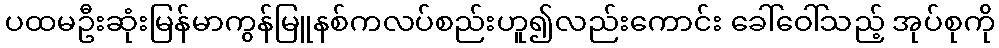
ပထမဦးဆုံးမြန်မာကွန်မြူနစ်ကလပ်စည်းဟူ၍လည်းကောင်း ခေါ်ဝေါ်သည့် အုပ်စုကို